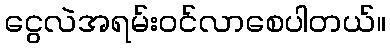
ငွေလဲအရမ်းဝင်လာစေပါတယ်။